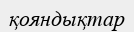
қояндықтар